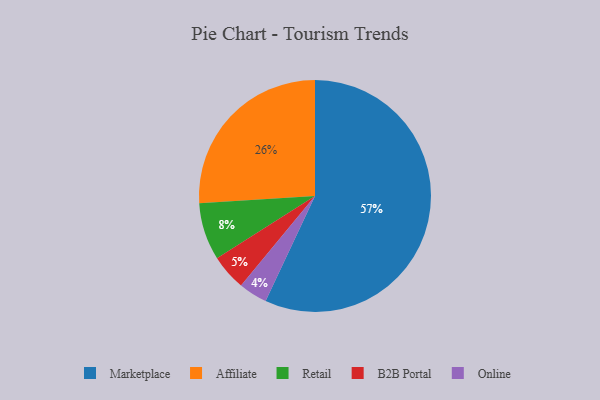
{"axis": {"x": "Category", "y": "Percentage"}, "legend": ["Affiliate", "B2B Portal", "Marketplace", "Online", "Retail"], "data": [{"x": "Retail", "y": 8, "type": "Retail"}, {"x": "B2B Portal", "y": 5, "type": "B2B Portal"}, {"x": "Affiliate", "y": 26, "type": "Affiliate"}, {"x": "Online", "y": 4, "type": "Online"}, {"x": "Marketplace", "y": 57, "type": "Marketplace"}]}